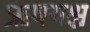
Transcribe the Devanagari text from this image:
ऋषयश्च